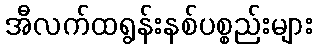
အီလက်ထရွန်းနစ်ပစ္စည်းများ